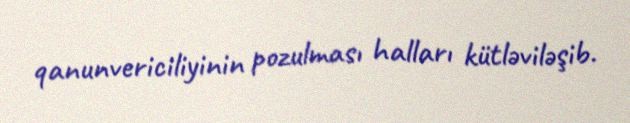
qanunvericiliyinin pozulması halları kütləviləşib.